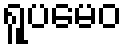
ရူပမေဝ